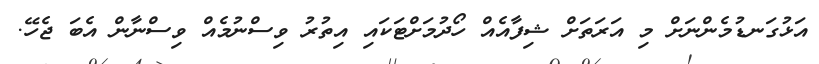
އަޅުގަނޑުމެންނަށް މި އަރަތަށް ޝިފާއެއް ހޯދުމަށްޓަކައި އިތުރު ވިސްނުމެއް ވިސްނާން އެބަ ޖެހޭ.